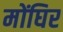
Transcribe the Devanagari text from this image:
मोंघिर